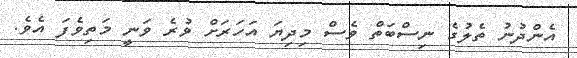
އެންދުނު ތެލުގެ ނިސްބަތް ވެސް މިދިޔަ އަހަރަށް ވުރެ ވަނީ މަތިވެފަ އެވެ.